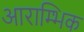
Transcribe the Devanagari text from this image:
आराम्भिक